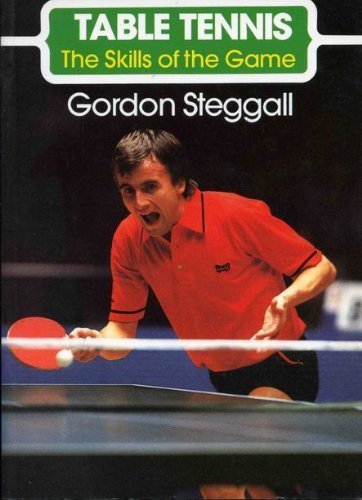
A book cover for Table Tennis: The Skills of the Game; Gordon Steggal; Sports & Outdoors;